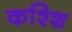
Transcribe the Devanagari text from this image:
कश्शि